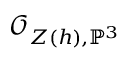
{ \mathcal { O } } _ { Z ( h ) , \mathbb { P } ^ { 3 } }